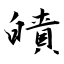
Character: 皟